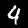
Label: 4